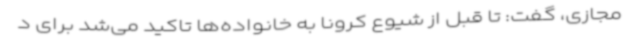
مجازی، گفت: تا قبل از شیوع کرونا به خانواده‌ها تاکید می‌شد برای د